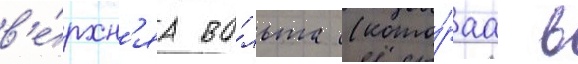
в'е́рхн'яа во́льта (кото́раа в